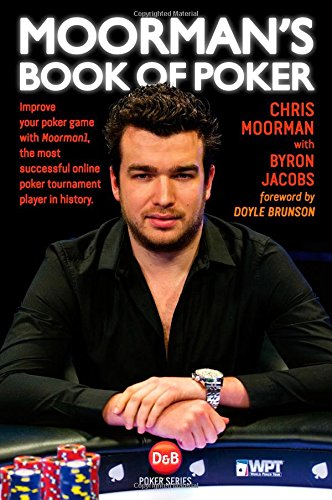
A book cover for Moorman's Book of Poker: Improve your poker game with Moorman1, the most successful online poker tournament player in history; Chris Moorman; Humor & Entertainment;